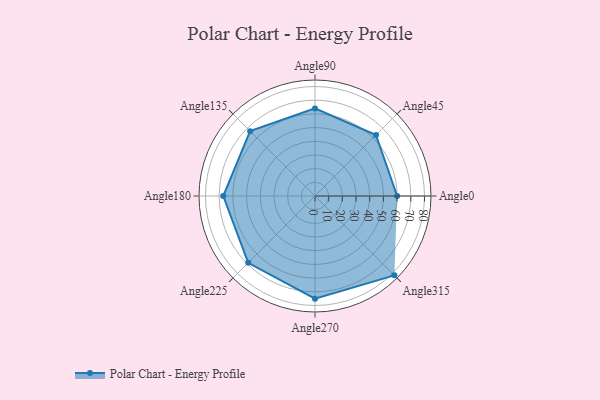
{"axis": {"x": "Angle", "y": "Radius"}, "legend": [""], "data": [{"x": "Angle0", "y": 60.0, "type": ""}, {"x": "Angle45", "y": 63.0, "type": ""}, {"x": "Angle90", "y": 64.0, "type": ""}, {"x": "Angle135", "y": 67.0, "type": ""}, {"x": "Angle180", "y": 67.0, "type": ""}, {"x": "Angle225", "y": 69.0, "type": ""}, {"x": "Angle270", "y": 75.0, "type": ""}, {"x": "Angle315", "y": 82.0, "type": ""}]}